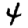
Digit: 4